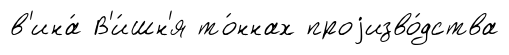
в'ина́ В'и́шн'я то́ннах проjизво́дства